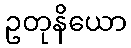
ဥတုနိယော